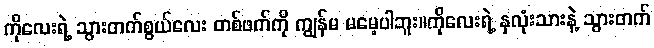
ကိုလေးရဲ့ သွားတက်စွယ်လေး တစ်ဖက်ကို ကျွန်မ မမေ့ပါဘူး။ကိုလေးရဲ့ နှလုံးသားနဲ့ သွားတက်